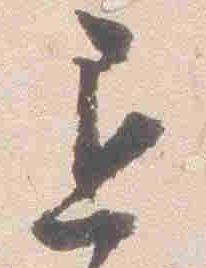
退